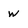
Character: W